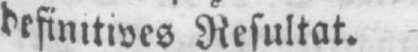
definitives Resultat.